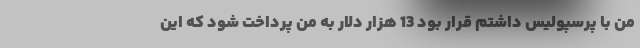
من با پرسپولیس داشتم قرار بود 13 هزار دلار به من پرداخت شود که این